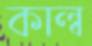
কাল্ব